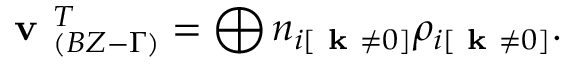
\textbf { v } _ { ( B Z - \Gamma ) } ^ { T } = \bigoplus n _ { i [ \textbf { k } \neq 0 ] } \rho _ { i [ \textbf { k } \neq 0 ] } .